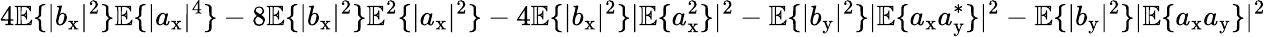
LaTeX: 4\mathbb{E}\{ |b_{\mathrm{x}}|^{2}\} \mathbb{E}\{ |a_{\mathrm{x}}|^{4}\} -8\mathbb{E}\{ |b_{\mathrm{x}}|^{2}\} \mathbb{E}^{2}\{ |a_{\mathrm{x}}|^{2}\} -4\mathbb{E}\{ |b_{\mathrm{x}}|^{2}\} |\mathbb{E}\{ a_{\mathrm{x}}^{2}\} |^{2}-\mathbb{E}\{ |b_{\mathrm{y}}|^{2}\} |\mathbb{E}\{ a_{\mathrm{x}}a_{\mathrm{y}}^{\ast}\} |^{2}-\mathbb{E}\{ |b_{\mathrm{y}}|^{2}\} |\mathbb{E}\{ a_{\mathrm{x}}a_{\mathrm{y}}\} |^{2}